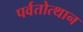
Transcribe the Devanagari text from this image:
पर्वतोत्‍थान